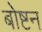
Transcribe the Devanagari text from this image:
बोष्टन